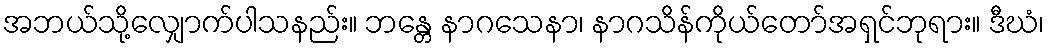
အဘယ်သို့လျှောက်ပါသနည်း။ ဘန္တေ နာဂသေနာ၊ နာဂသိန်ကိုယ်တော်အရှင်ဘုရား။ ဒီဃံ၊